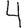
Digit: 4